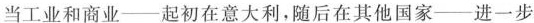
当工业和商业——起初在意大利，随后在其他国家——进一步